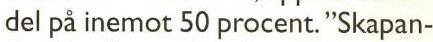
del på inemot 50 procent. "Skapan-